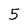
Character: 5